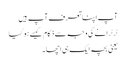
آپ اپنا تعرف آپ ہیں
ٹرٹرانے کی وجہ سے ذکام کیسے ہو گیا
یعنی بچہ ایک ہی اچھا۔